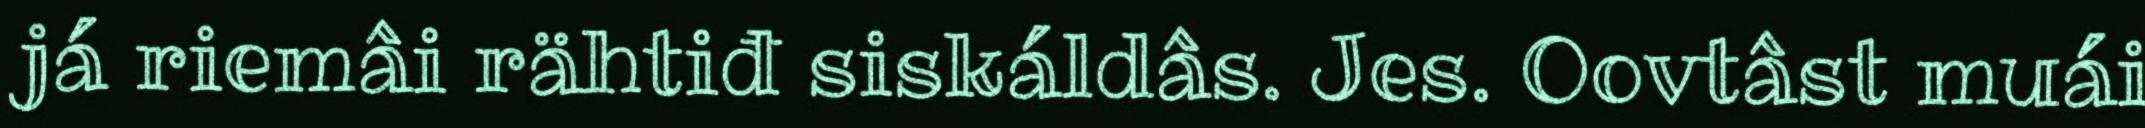
já riemâi rähtiđ siskáldâs. Jes. Oovtâst muái